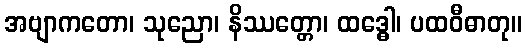
အဗျာကတော၊ သုညော၊ နိဿတ္တော၊ ထဒ္ဓေါ၊ ပထဝီဓာတု။